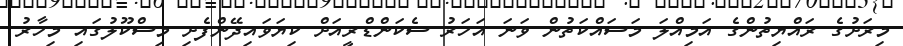
މިރަށުގެ ރައްޔިތުންގެ އަމިއްލަ މަސައްކަތުން ވަނަ އަހަރު ސެކަންޑްރީއަށް ކިޔަވައިދޭންފެށި މިސްކޫލުގައި މިހާރު